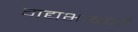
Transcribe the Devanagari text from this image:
गद्यभाषणों